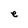
Character: e